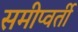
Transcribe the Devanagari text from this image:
समीप्वर्ती